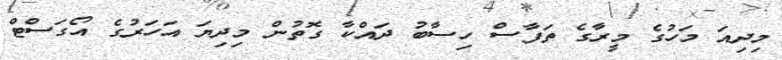
މިދިއަ މަހުގެ މީރާގެ ތަފާސް ހިސާބު ދައްކާ ގޮތުން މިދިޔަ އަހަރުގެ އޯގަސްޓް